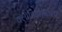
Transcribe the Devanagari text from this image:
क्लॉडिअसलाच